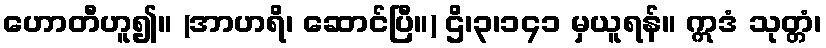
ဟောတီဟူ၍။ (အာဟရိ၊ ဆောင်ပြီ။) ဌိ၊၃၊၁၄၁ မှယူရန်။ ဣဒံ သုတ္တံ၊